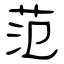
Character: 范